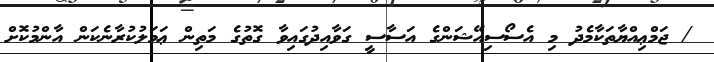
/ ޖަމްޢިއްޔާތަކާމެދު މި އެސޯސިއޭޝަންގެ އަސާސީ ގަވާއިދުގައިވާ ގޮތުގެ މަތިން ޢަމަލުކުރާނެކަން އާންމުކޮށް